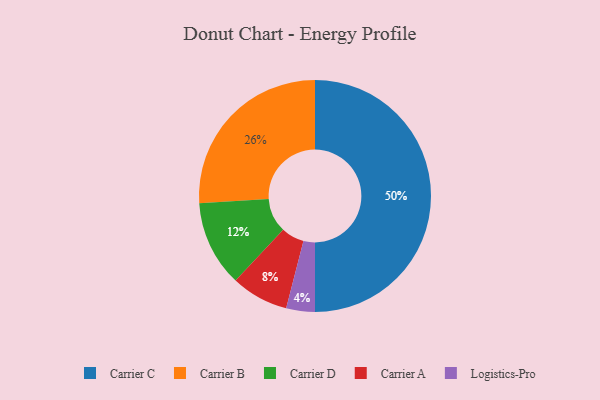
{"axis": {"x": "Category", "y": "Percentage"}, "legend": ["Carrier A", "Carrier B", "Carrier C", "Carrier D", "Logistics-Pro"], "data": [{"x": "Carrier A", "y": 8, "type": "Carrier A"}, {"x": "Carrier C", "y": 50, "type": "Carrier C"}, {"x": "Carrier B", "y": 26, "type": "Carrier B"}, {"x": "Carrier D", "y": 12, "type": "Carrier D"}, {"x": "Logistics-Pro", "y": 4, "type": "Logistics-Pro"}]}